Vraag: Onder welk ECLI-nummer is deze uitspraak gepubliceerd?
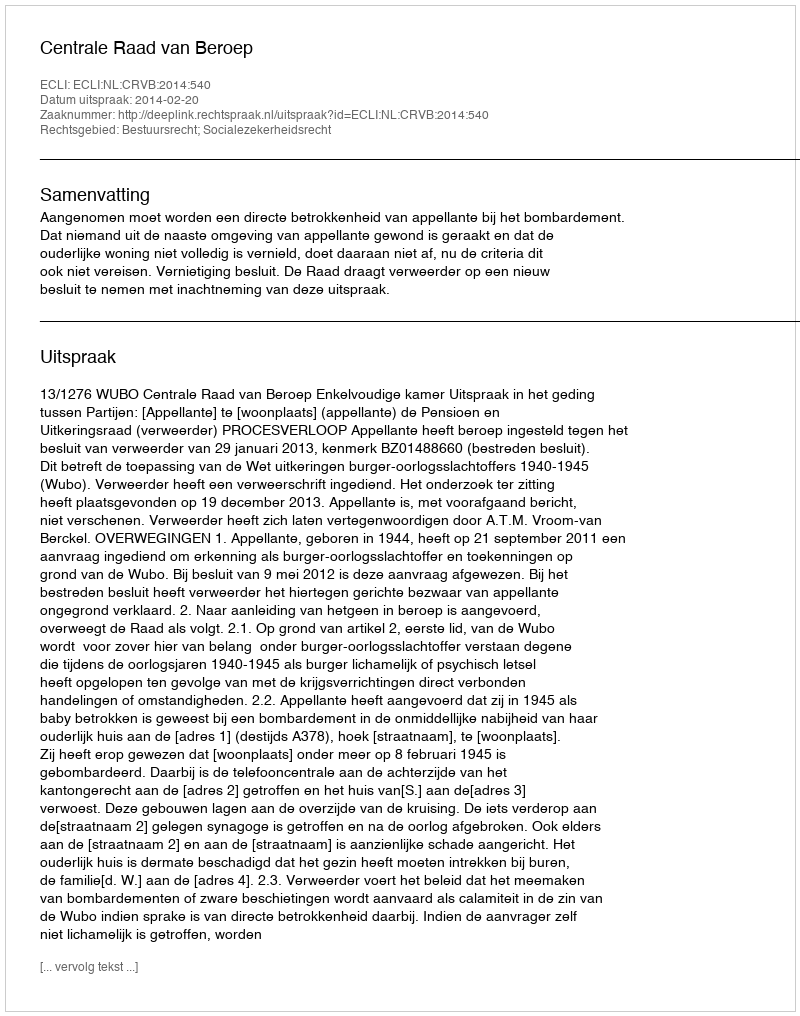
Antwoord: ECLI:NL:CRVB:2014:540